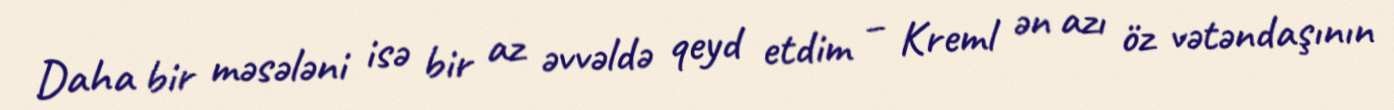
Daha bir məsələni isə bir az əvvəldə qeyd etdim – Kreml ən azı öz vətəndaşının